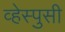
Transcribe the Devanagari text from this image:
व्हेस्पुसी